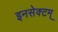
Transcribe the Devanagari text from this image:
इनसेक्टम्‌